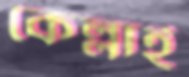
কেল্লাই